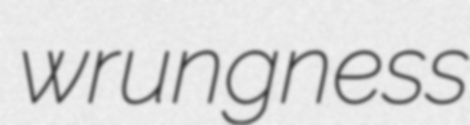
wrungness